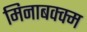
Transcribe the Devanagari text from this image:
मिनाबक्क्म